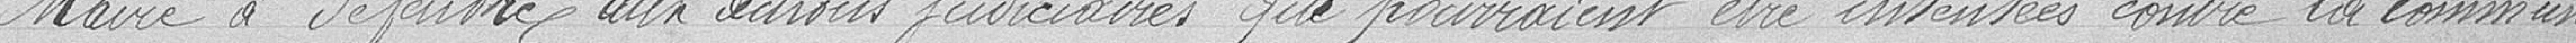
Maire à défendre aux actions judiciaires qui pourraient être intentées contre la commune